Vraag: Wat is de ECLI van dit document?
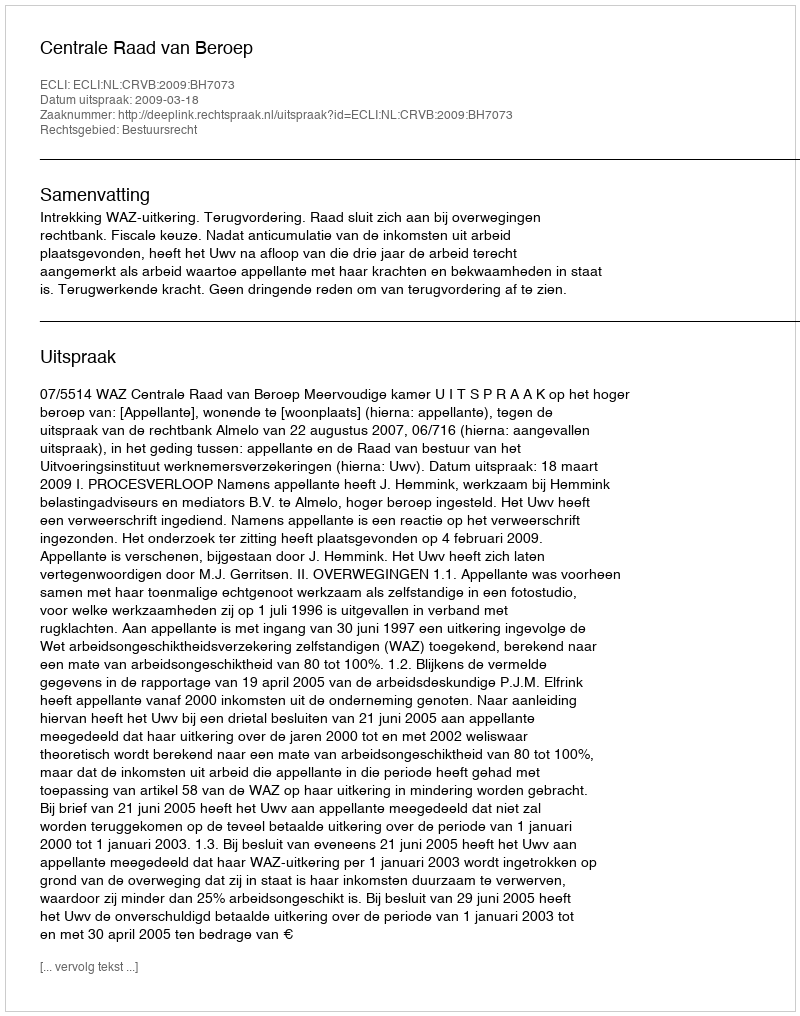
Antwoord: ECLI:NL:CRVB:2009:BH7073